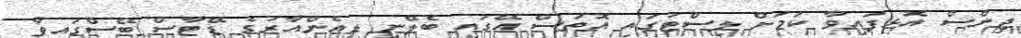
ޖިންސް އޮޅިފައިވާ ކަމަށް ލިސްޓުގައި އޮތަސް އޭގައި ބެލޭނީ ޑީއެންއާރުގެ ޑޭޓާސް ބޭސްގައިވާ